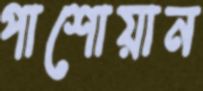
পাশোয়ান